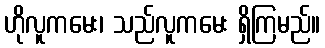
ဟိုလူကမေး၊ သည်လူကမေး ရှိကြမည်။